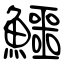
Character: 鱷